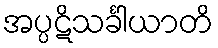
အပ္ပဋိသင်္ခါယာတိ